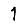
Digit: 1